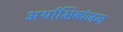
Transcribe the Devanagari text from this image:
अर्थाभिव्यंजन